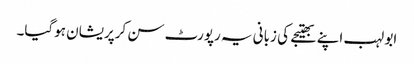
ابو لہب اپنے بھتیجے کی زبانی یہ رپورٹ سن کرپریشان ہوگیا۔